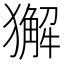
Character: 獬